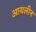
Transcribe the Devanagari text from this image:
आयलीन